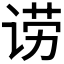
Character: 𬣿